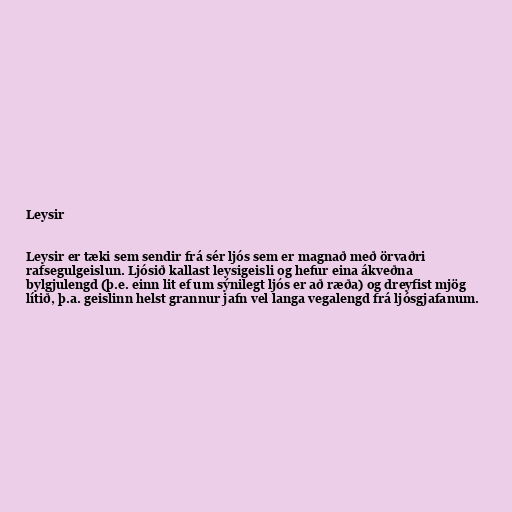
Leysir

Leysir er tæki sem sendir frá sér ljós sem er magnað með örvaðri
rafsegulgeislun. Ljósið kallast leysigeisli og hefur eina ákveðna
bylgjulengd (þ.e. einn lit ef um sýnilegt ljós er að ræða) og dreyfist mjög
lítið, þ.a. geislinn helst grannur jafn vel langa vegalengd frá ljósgjafanum.